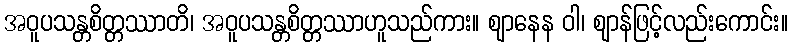
အဝူပသန္တစိတ္တဿာတိ၊ အဝူပသန္တစိတ္တဿာဟူသည်ကား။ ဈာနေန ဝါ၊ ဈာန်ဖြင့်လည်းကောင်း။